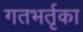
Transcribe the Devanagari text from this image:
गतभर्तृका